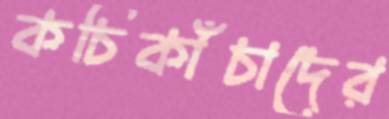
কচিকাঁচাদের